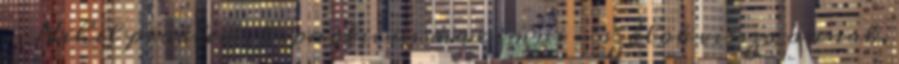
- Nihil problem, hipnoticus maximus - szólok vissza annak,